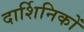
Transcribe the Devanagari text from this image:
दार्शिनिकों